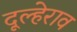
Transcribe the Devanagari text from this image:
दूल्हेराव